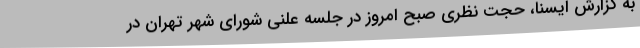
به گزارش ایسنا، حجت نظری صبح امروز در جلسه علنی شورای شهر تهران در